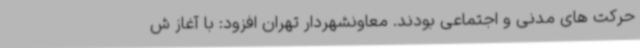
حرکت های مدنی و اجتماعی بودند. معاونشهردار تهران افزود: با آغاز ش